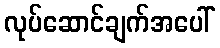
လုပ်ဆောင်ချက်အပေါ်